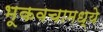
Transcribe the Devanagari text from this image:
भूकवचामध्ये